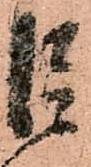
巨